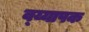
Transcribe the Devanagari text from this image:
व्य्यापक